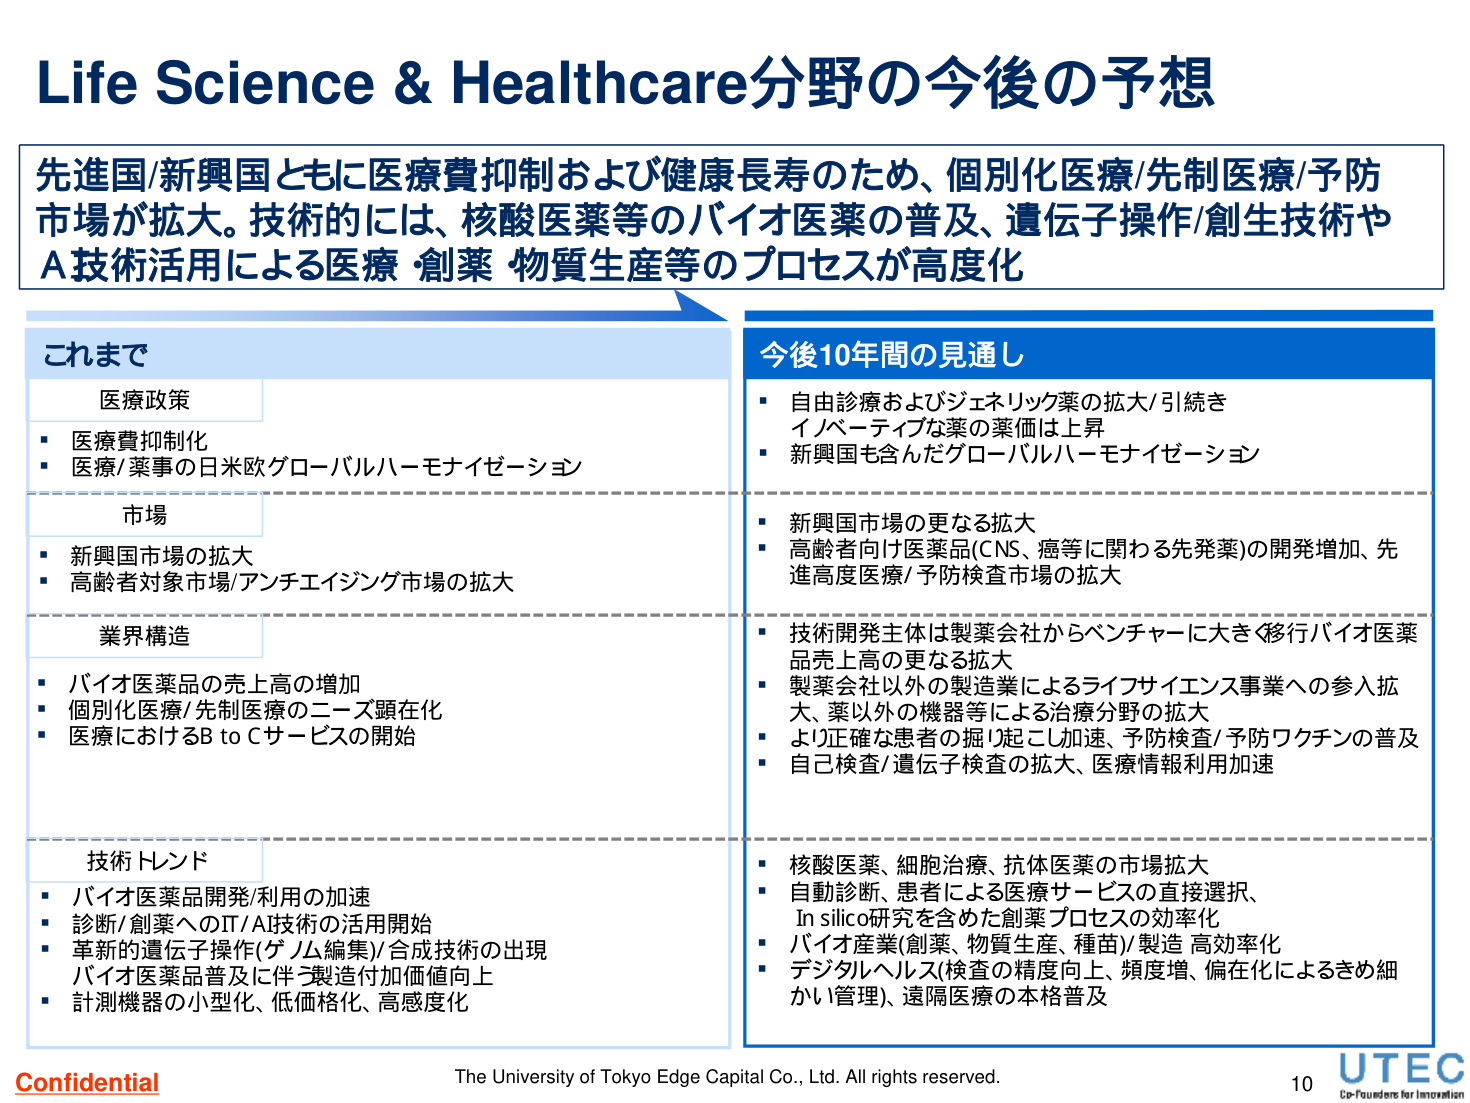
Life Science & Healthcare分野の今後の予想

先進国/新興国ともに医療費抑制および健康長寿のため、個別化医療/先制医療/予防市場が拡大。技術的には、核酸医薬等のバイオ医薬の普及、遺伝子操作/創生技術やA技術活用による医療・創薬・物質生産等のプロセスが高度化

これまで
医療政策
・医療費抑制化
・医療/薬事の日米欧グローバルハーモナイゼーション

市場
・新興国市場の拡大
・高齢者対象市場/アンチエイジング市場の拡大

業界構造
・バイオ医薬品の売上高の増加
・個別化医療/先制医療のニーズ顕在化
・医療におけるB to Cサービスの開始

技術トレンド
・バイオ医薬品開発/利用の加速
・診断/創薬へのIT/AI技術の活用開始
・革新的遺伝子操作(ゲノム編集)/合成技術の出現
・バイオ医薬品普及に伴う製造付加価値向上
・計測機器の小型化、低価格化、高感度化

今後10年間の見通し
・自由診療およびジェネリック薬の拡大/引続き
・イノベーティブな薬の薬価は上昇
・新興国も含んだグローバルハーモナイゼーション

・新興国市場の更なる拡大
・高齢者向け医薬品(CNS、癌等に関わる先発薬)の開発増加、先進高度医療/予防検査市場の拡大

・技術開発主体は製薬会社からベンチャーに大きく移行バイオ医薬品売上高の更なる拡大
・製薬会社以外の製造業によるライフサイエンス事業への参入拡大、薬以外の機器等による治療分野の拡大
・より正確な患者の掘り起こし加速、予防検査/予防ワクチンの普及
・自己検査/遺伝子検査の拡大、医療情報利用加速

・核酸医薬、細胞治療、抗体医薬の市場拡大
・自動診断、患者による医療サービスの直接選択、In silico研究を含めた創薬プロセスの効率化
・バイオ産業(創薬、物質生産、種苗)製造高効率化
・デジタルヘルス(検査の精度向上、頻度増、偏在化によるきめ細かい管理)、遠隔医療の本格普及

Confidential
The University of Tokyo Edge Capital Co., Ltd. All rights reserved.
10
UTEC
Co-Founders for Innovation